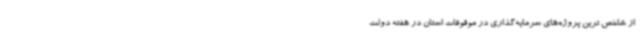
از شاخص ترین پروژه‌های سرمایه‌گذاری در موقوفات استان در هفته دولت